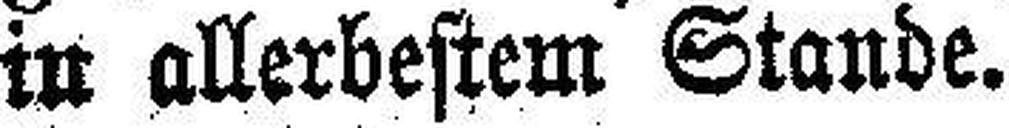
in allerbestem Stande.